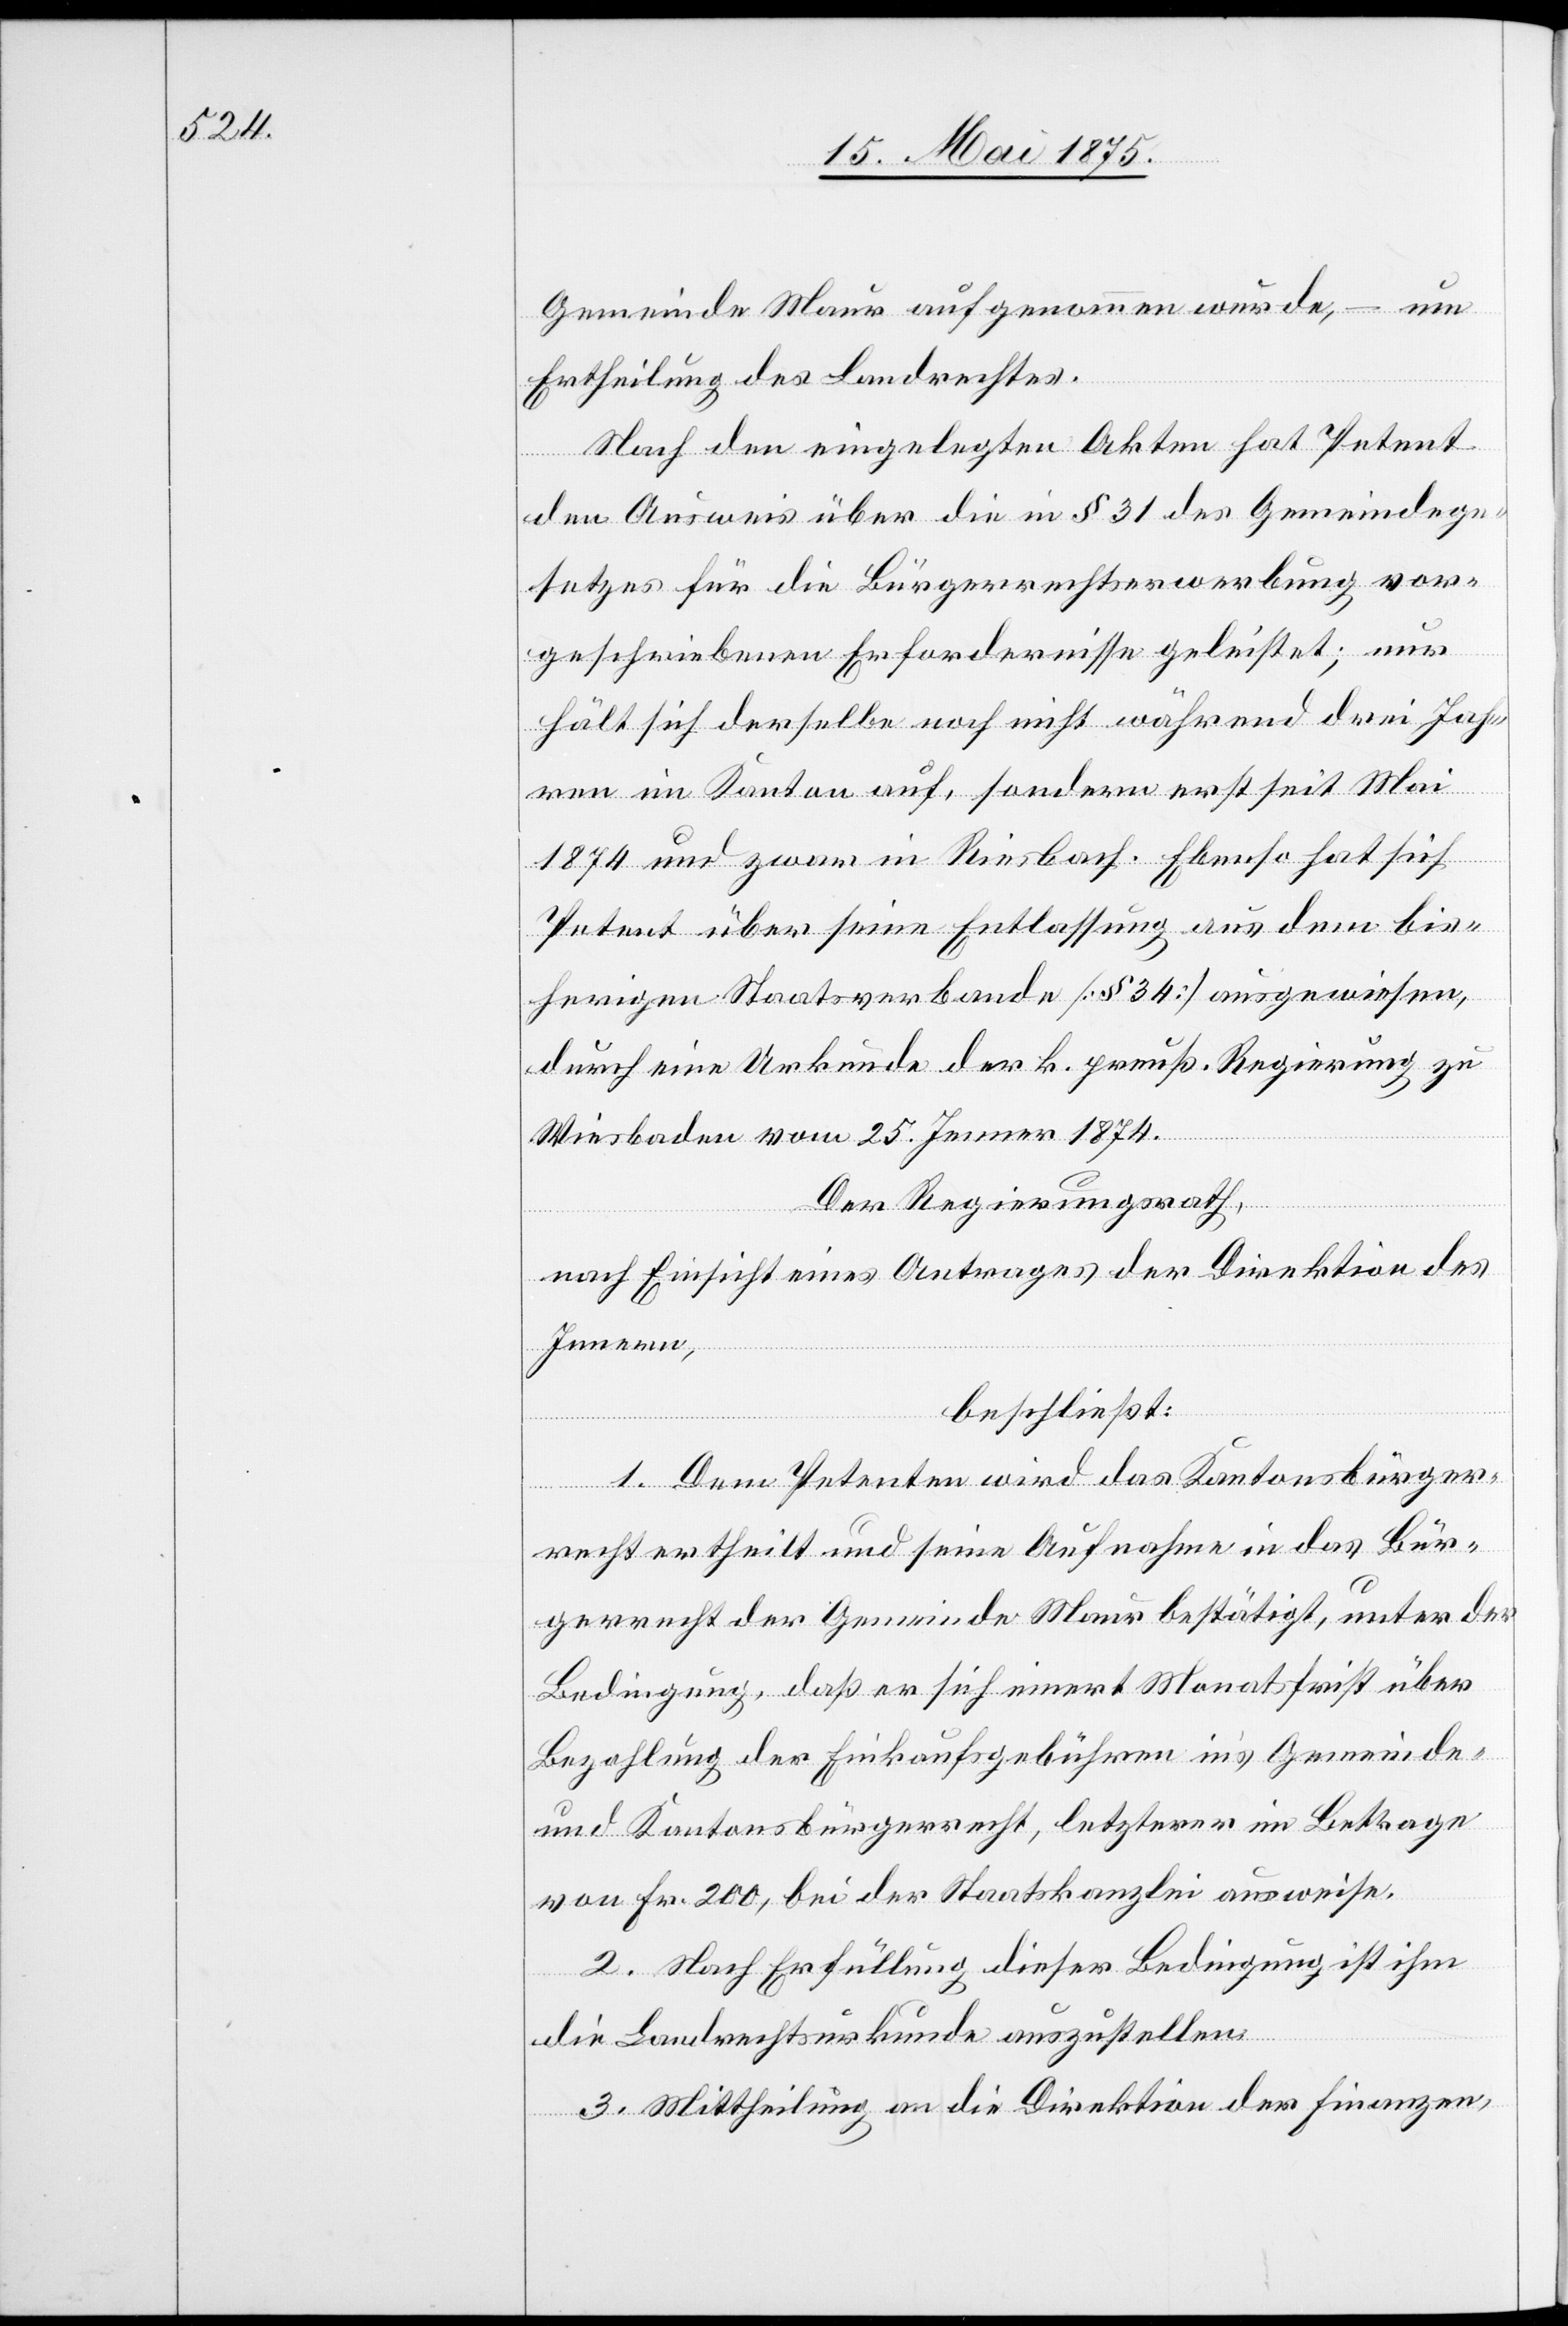
Gemeinde Maur aufgenommen wurde, – um
Ertheilung des Landrechtes.
Nach den eingelegten Akten hat Petent
den Ausweis über die in § 31 des Gemeindege¬
setzes für die Bürgerrechtserwerbung vor¬
geschriebenen Erfordernisse geleistet; nur
hält sich derselbe noch nicht während drei Jah¬
ren im Kanton auf, sondern erst seit Mai
1874 und zwar in Riesbach. Ebenso hat sich
Petent über seine Entlassung aus dem bis¬
herigen Staatsverbande [§ 34] ausgewiesen,
durch eine Urkunde der k. preuß. Regierung zu
Wiesbaden vom 25. Jenner 1874.
Der Regierungsrath,
nach Einsicht eines Antrages der Direktion des
Innern,
beschließt:
1. Dem Petenten wird das Kantonsbürger¬
recht ertheilt und seine Aufnahme in das Bür¬
gerrecht der Gemeinde Maur bestätigt, unter der
Bedingung, daß er sich innert Monatsfrist über
Bezahlung der Einkaufsgebühren in’s Gemeinde-
und Kantonsbürgerrecht, letzterer im Betrage
von Fr. 200, bei der Staatskanzlei ausweise.
2. Nach Erfüllung dieser Bedingung ist ihm
die Landrechtsurkunde auszustellen.
3. Mittheilung an die Direktion der Finanzen,